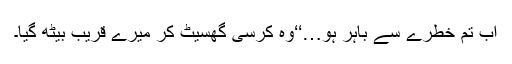
اب تم خطرے سے باہر ہو…‘‘وہ کرسی گھسیٹ کر میرے قریب بیٹھ گیا۔